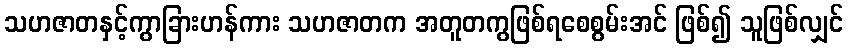
သဟဇာတနှင့်ကွာခြားဟန်ကား သဟဇာတက အတူတကွဖြစ်ရစေစွမ်းအင် ဖြစ်၍ သူဖြစ်လျှင်